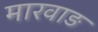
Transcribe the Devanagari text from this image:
मारवाङ